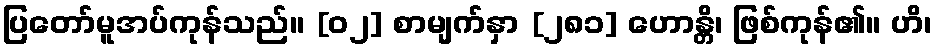
ပြတော်မူအပ်ကုန်သည်။ [၀၂] စာမျက်နှာ [၂၈၁] ဟောန္တိ၊ ဖြစ်ကုန်၏။ ဟိ၊